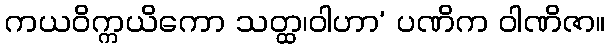
ကယဝိက္ကယိကော သတ္ထ၊ဝါဟာ’ ပဏိက ဝါဏိဇာ။